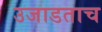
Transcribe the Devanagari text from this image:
उजाडताच